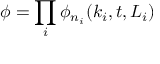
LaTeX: \phi = \prod _ { i } \phi _ { n _ { i } } ( k _ { i } , t , L _ { i } )